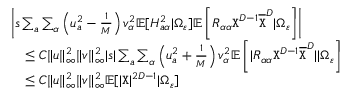
\begin{array} { r l } & { \left| s \sum _ { a } \sum _ { \alpha } \left( u _ { a } ^ { 2 } - \frac 1 { M } \right) v _ { \alpha } ^ { 2 } \mathbb { E } [ H _ { a \alpha } ^ { 2 } | \Omega _ { \varepsilon } ] \mathbb { E } \left[ R _ { \alpha \alpha } { \texttt X } ^ { D - 1 } \overline { { { \texttt X } } } ^ { D } | \Omega _ { \varepsilon } \right] \right| } \\ & { ~ ~ ~ \leq C \| { \boldsymbol u } \| _ { \infty } ^ { 2 } \| { \boldsymbol v } \| _ { \infty } ^ { 2 } | s | \sum _ { a } \sum _ { \alpha } \left( u _ { a } ^ { 2 } + \frac 1 { M } \right) v _ { \alpha } ^ { 2 } \mathbb { E } \left[ | R _ { \alpha \alpha } { \texttt X } ^ { D - 1 } \overline { { { \texttt X } } } ^ { D } | | \Omega _ { \varepsilon } \right] } \\ & { ~ ~ ~ \leq C \| { \boldsymbol u } \| _ { \infty } ^ { 2 } \| { \boldsymbol v } \| _ { \infty } ^ { 2 } \mathbb { E } [ | { \texttt X } | ^ { 2 D - 1 } | \Omega _ { \varepsilon } ] } \end{array}